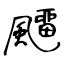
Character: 飅